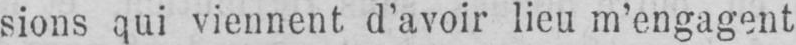
sions qui viennent d’avoir lieu m’engagent